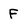
Character: F